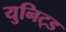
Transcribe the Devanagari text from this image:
युनिट्ड